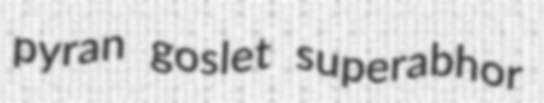
pyran goslet superabhor